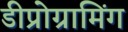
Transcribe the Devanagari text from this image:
डीप्रोग्रामिंग